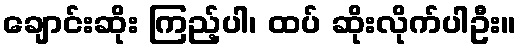
ချောင်းဆိုး ကြည့်ပါ၊ ထပ် ဆိုးလိုက်ပါဦး။